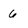
Character: 6